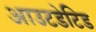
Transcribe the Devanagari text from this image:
आउटडेटिड